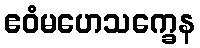
ဧဝံမဟေသက္ခေန